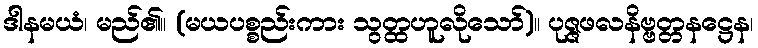
ဒါနမယံ၊ မည်၏။ (မယပစ္စည်းကား သွတ္ထဟူလိုသော်)။ ပုဇ္ဇဖလနိဗ္ဗတ္တနဋ္ဌေန၊